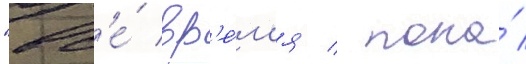
"вс'е́ вр'е́м'я / пока́